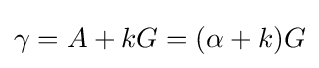
\gamma =A+kG=(\alpha +k)G